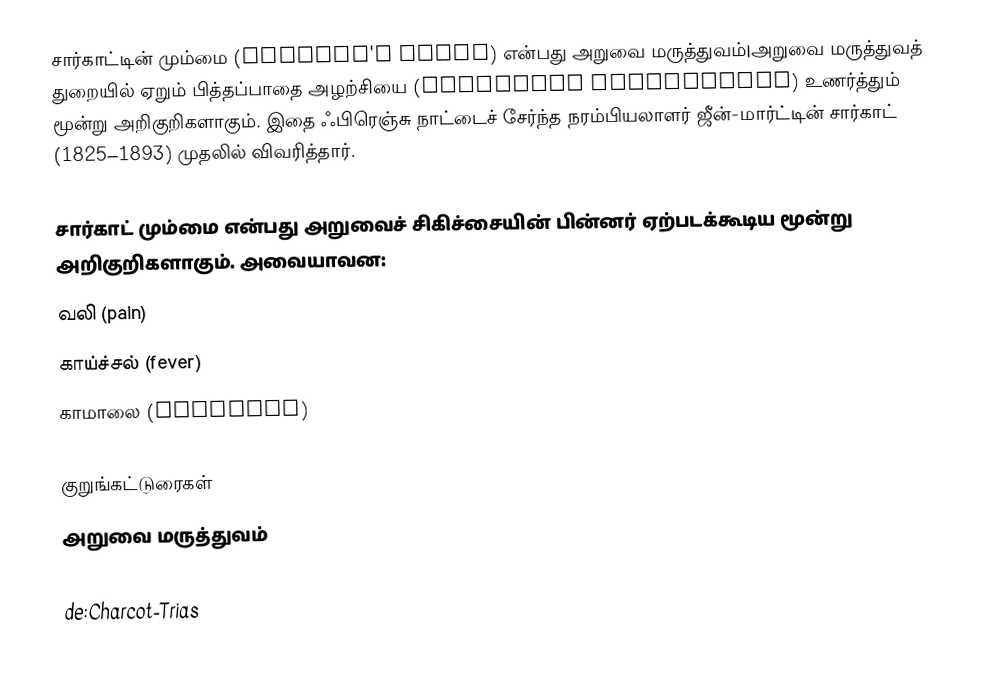
சார்காட்டின் மும்மை (Charcot's triad) என்பது அறுவை மருத்துவம்|அறுவை மருத்துவத் துறையில் ஏறும் பித்தப்பாதை அழற்சியை (ascending cholangitis) உணர்த்தும் மூன்று அறிகுறிகளாகும். இதை ஃபிரெஞ்சு நாட்டைச் சேர்ந்த நரம்பியலாளர் ஜீன்-மார்ட்டின் சார்காட் (1825–1893) முதலில் விவரித்தார்.

சார்காட் மும்மை என்பது அறுவைச் சிகிச்சையின் பின்னர் ஏற்படக்கூடிய மூன்று அறிகுறிகளாகும். அவையாவன:
 வலி (pain)
 காய்ச்சல் (fever)
 காமாலை (jaundice)

குறுங்கட்டுரைகள்
அறுவை மருத்துவம்

de:Charcot-Trias